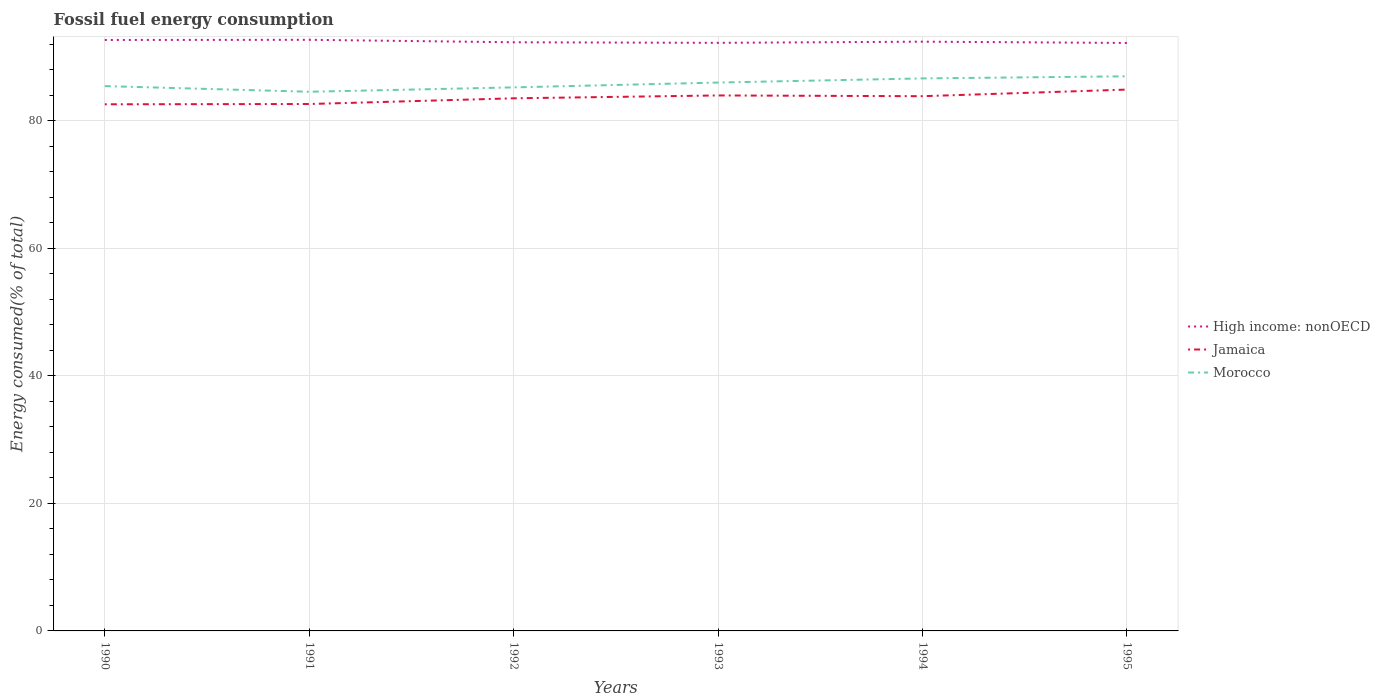
| Years | High income: nonOECD | Jamaica | Morocco |
 | --- | --- | --- | --- |
 | 1990 | 92.7 | 82.6 | 85.4 |
 | 1991 | 92.7 | 82.6 | 84.6 |
 | 1992 | 92.3 | 83.5 | 85.2 |
 | 1993 | 92.2 | 84 | 86 |
 | 1994 | 92.4 | 83.9 | 86.7 |
 | 1995 | 92.2 | 84.9 | 87 |